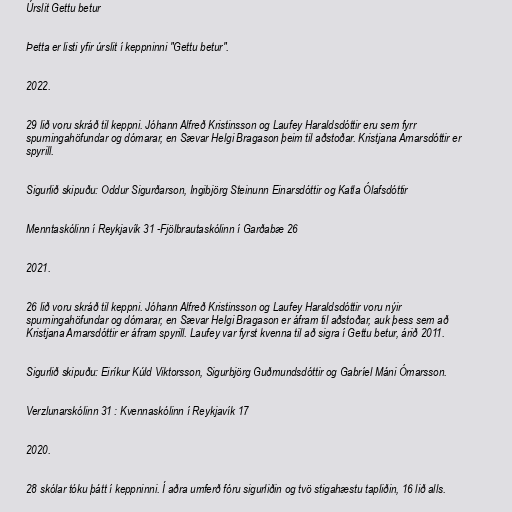
Úrslit Gettu betur

Þetta er listi yfir úrslit í keppninni "Gettu betur".

2022.

29 lið voru skráð til keppni. Jóhann Alfreð Kristinsson og Laufey Haraldsdóttir eru sem fyrr
spurningahöfundar og dómarar, en Sævar Helgi Bragason þeim til aðstoðar. Kristjana Arnarsdóttir er
spyrill.

Sigurlið skipuðu: Oddur Sigurðarson, Ingibjörg Steinunn Einarsdóttir og Katla Ólafsdóttir

Menntaskólinn í Reykjavík 31 -Fjölbrautaskólinn í Garðabæ 26

2021.

26 lið voru skráð til keppni. Jóhann Alfreð Kristinsson og Laufey Haraldsdóttir voru nýir
spurningahöfundar og dómarar, en Sævar Helgi Bragason er áfram til aðstoðar, auk þess sem að
Kristjana Arnarsdóttir er áfram spyrill. Laufey var fyrst kvenna til að sigra í Gettu betur, árið 2011.

Sigurlið skipuðu: Eiríkur Kúld Viktorsson, Sigurbjörg Guðmundsdóttir og Gabríel Máni Ómarsson.

Verzlunarskólinn 31 : Kvennaskólinn í Reykjavík 17

2020.

28 skólar tóku þátt í keppninni. Í aðra umferð fóru sigurliðin og tvö stigahæstu tapliðin, 16 lið alls.